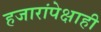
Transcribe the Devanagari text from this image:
हजारांपेक्षाही